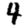
Digit: 4